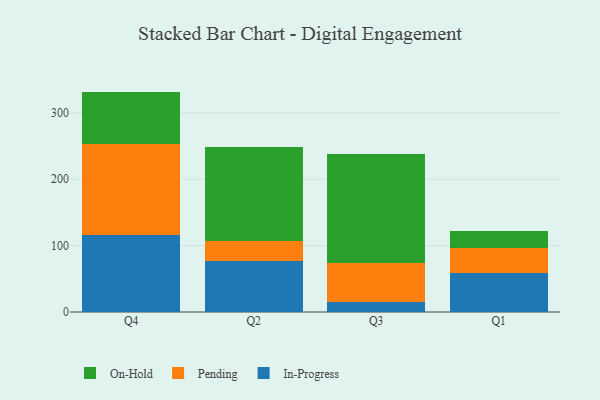
{"axis": {"x": "Quarter", "y": "Waste Production (Tons)"}, "legend": ["In-Progress", "On-Hold", "Pending"], "data": [{"x": "Q4", "y": 115.4, "type": "In-Progress"}, {"x": "Q4", "y": 136.8, "type": "Pending"}, {"x": "Q4", "y": 79.6, "type": "On-Hold"}, {"x": "Q2", "y": 76.2, "type": "In-Progress"}, {"x": "Q2", "y": 30.9, "type": "Pending"}, {"x": "Q2", "y": 141.5, "type": "On-Hold"}, {"x": "Q3", "y": 15.2, "type": "In-Progress"}, {"x": "Q3", "y": 58.4, "type": "Pending"}, {"x": "Q3", "y": 163.6, "type": "On-Hold"}, {"x": "Q1", "y": 59.2, "type": "In-Progress"}, {"x": "Q1", "y": 36.7, "type": "Pending"}, {"x": "Q1", "y": 25.6, "type": "On-Hold"}]}